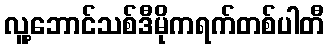
လူ့ဘောင်သစ်ဒီမိုကရက်တစ်ပါတီ